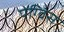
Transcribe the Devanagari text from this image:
पेंग्विंस